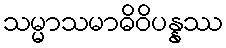
သမ္မာသမာဓိဝိပန္နဿ